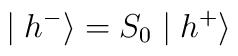
\mid h^{-}\rangle =S_0\mid h^{+}\rangle